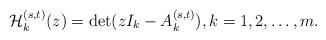
LaTeX: \begin{align*}{\cal H}_{k}^{(s,t)}(z)=\det(zI_k-A_k^{(s,t)}),k=1,2,\dots,m.\end{align*}